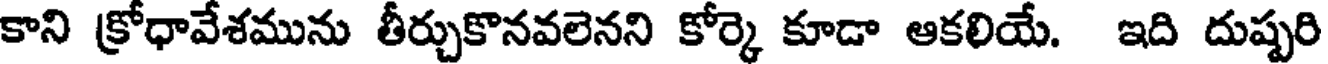
కాని క్రోధావేశమును తీర్చుకొనవలెనని కోర్కె కూడా ఆకలియే. ఇది దుష్పరి